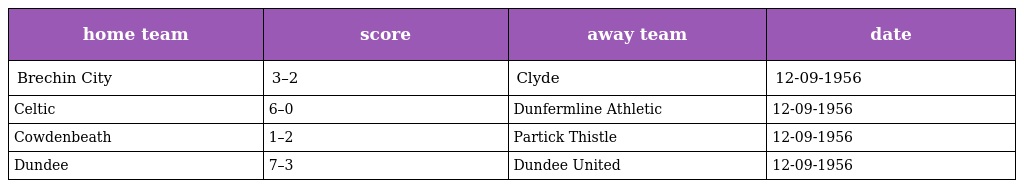
| home team | score | away team | date |
 | --- | --- | --- | --- |
 | Brechin City | 3–2 | Clyde | 12-09-1956 |
 | Celtic | 6–0 | Dunfermline Athletic | 12-09-1956 |
 | Cowdenbeath | 1–2 | Partick Thistle | 12-09-1956 |
 | Dundee | 7–3 | Dundee United | 12-09-1956 |